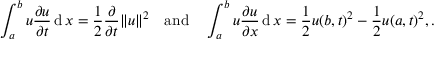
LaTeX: \int _ { a } ^ { b } u { \frac { \partial u } { \partial t } } \operatorname { d } x = { \frac { 1 } { 2 } } { \frac { \partial } { \partial t } } \| u \| ^ { 2 } \quad { \mathrm { a n d } } \quad \int _ { a } ^ { b } u { \frac { \partial u } { \partial x } } \operatorname { d } x = { \frac { 1 } { 2 } } u ( b , t ) ^ { 2 } - { \frac { 1 } { 2 } } u ( a , t ) ^ { 2 } , .